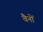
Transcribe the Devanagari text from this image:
वैनों